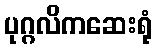
ပုဂ္ဂလိကဆေးရုံ